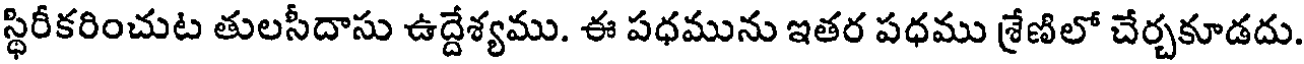
స్థిరీకరించుట తులసీదాసు ఉద్దేశ్యము. ఈ పధమును ఇతర పధము శ్రేణిలో చేర్చకూడదు.